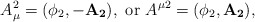
\begin{align*}A_\mu^2=(\phi_2,-\mathbf{A_2}),~{\rm or}~ A^{\mu 2}=(\phi_2,\mathbf{A_2}),\end{align*}